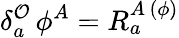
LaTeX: \delta_{a}^{\mathcal{O}}\, \phi^{A}=R_{a}^{A\, (\phi)}